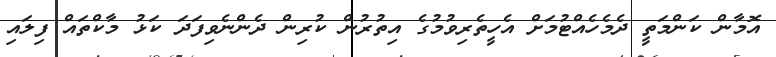
އޮމާން ކަންމަތީ ދެމެހެއްޓުމަށް އެހީތެރިވުމުގެ އިތުރުން ކުރިން ދެންނެވިފަދަ ކަޅު މާކްތައް ފިލައި